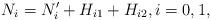
LaTeX: \begin{align*} N_i=N'_i+H_{i1}+H_{i2},i=0,1,\end{align*}